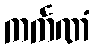
ကင်္ကဏံ